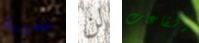
مديرة لن القاعات